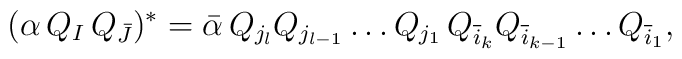
(\alpha\,Q_I\,Q_{\bar J})^{*}=   {\bar \alpha}\,Q_{j_{l}}Q_{j_{l-1}}\ldots Q_{j_{1}}\,        Q_{{\overline i_{k}}}Q_{{\overline i_{k-1}}}\ldots                                            Q_{{\overline i_{1}}},